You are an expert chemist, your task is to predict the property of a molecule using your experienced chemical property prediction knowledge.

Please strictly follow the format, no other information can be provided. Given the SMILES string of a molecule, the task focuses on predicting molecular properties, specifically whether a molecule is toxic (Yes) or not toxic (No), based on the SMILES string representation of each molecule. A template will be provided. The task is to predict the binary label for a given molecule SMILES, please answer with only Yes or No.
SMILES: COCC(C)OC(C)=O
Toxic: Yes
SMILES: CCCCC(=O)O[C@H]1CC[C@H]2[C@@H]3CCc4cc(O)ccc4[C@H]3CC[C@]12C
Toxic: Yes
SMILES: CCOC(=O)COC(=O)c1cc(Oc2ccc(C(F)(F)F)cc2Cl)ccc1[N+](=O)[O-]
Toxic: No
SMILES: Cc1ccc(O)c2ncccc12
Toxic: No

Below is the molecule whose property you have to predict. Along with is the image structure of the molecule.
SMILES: C=C(C)C(=O)OCC
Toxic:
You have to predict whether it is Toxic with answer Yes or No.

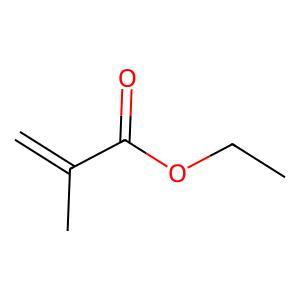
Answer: No